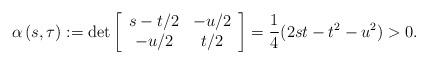
LaTeX: \begin{align*}\alpha\left( s,\tau\right) :=\det\left[\begin{array}[c]{cc}s-t/2 & -u/2\\-u/2 & t/2\end{array}\right] =\frac{1}{4}(2st-t^{2}-u^{2})>0. \end{align*}